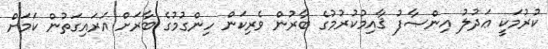
ކުރުމަކީ ޢަދުލު އިންޞާފު ޤާއިމުކުރުމުގެ ބާރުން ވެރިކަން ހިންގުމުގެ ބާރަށް އަރައިގަތުން ކަމަށް